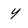
Character: y